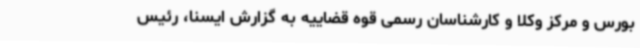
بورس و مرکز وکلا و کارشناسان رسمی قوه قضاییه به گزارش ایسنا، رئیس